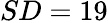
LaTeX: SD=19